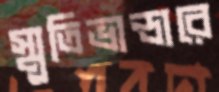
স্মৃতিভান্ডারে